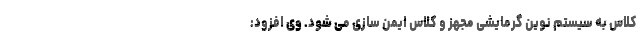
کلاس به سیستم نوین گرمایشی مجهز و کلاس ایمن سازی می شود. وی افزود: